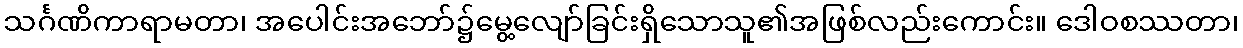
သင်္ဂဏိကာရာမတာ၊ အပေါင်းအဘော်၌မွေ့လျော်ခြင်းရှိသောသူ၏အဖြစ်လည်းကောင်း။ ဒေါဝစဿတာ၊